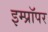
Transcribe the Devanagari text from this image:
इम्प्रॉपर